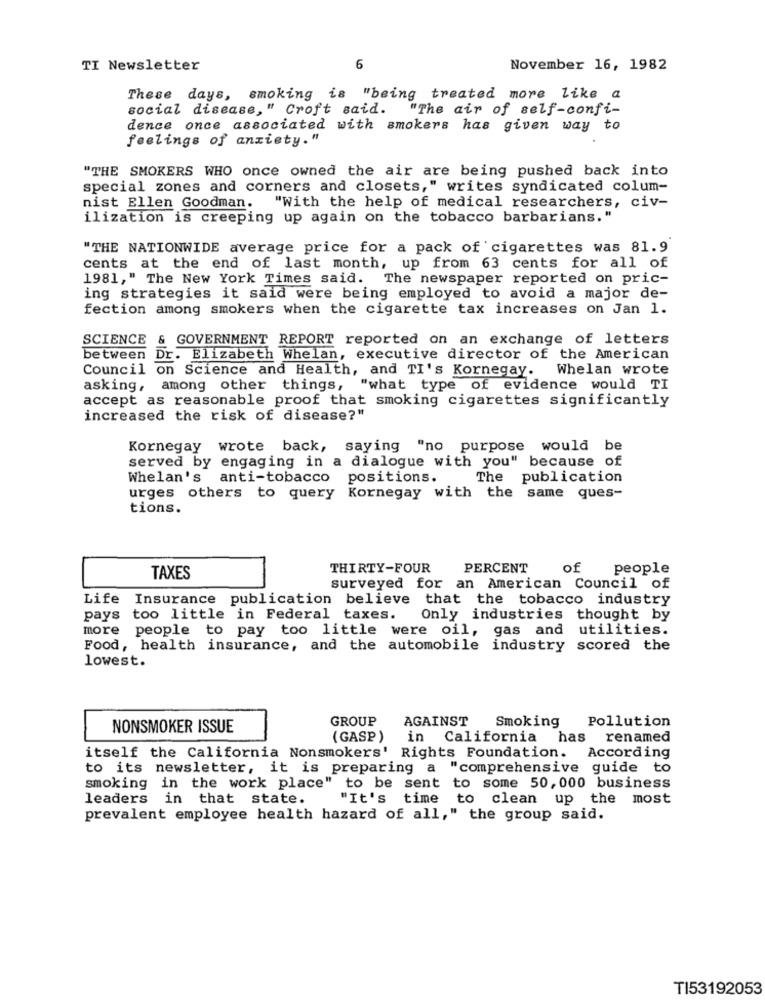
TI Newsletter
6
November 16, 1982
These days, smoking is "being treated more like a
social disease, " Croft said.
"The air of self-confi-
dence once associated with smokers has given way to
feelings of anxiety."
"THE SMOKERS WHO once owned the air are being pushed back into
special zones and corners and closets," writes syndicated colum-
nist Ellen Goodman.
"With the help of medical researchers, civ-
ilization is creeping up again on the tobacco barbarians."
"THE NATIONWIDE average price for a pack of cigarettes was 81.9
cents at the end of last month, up from 63 cents for all of
1981," The New York Times said. The newspaper reported on pric-
ing strategies it said were being employed to avoid a major de-
fection among smokers when the cigarette tax increases on Jan 1.
SCIENCE & GOVERNMENT REPORT reported on an exchange of letters
between
Dr. Elizabeth Whelan, executive director of the American
Council on Science and Health, and TI's Kornegay. Whelan wrote
asking, among other things, "what type of evidence would TI
accept as reasonable proof that smoking cigarettes significantly
increased the risk of disease?"
Kornegay wrote back, saying "no purpose would be
served by engaging in a dialogue with you" because of
Whelan's anti-tobacco
positions.
The
publication
same ques-
urges others to query Kornegay with the
tions.
THIRTY-FOUR
PERCENT
of
people
TAXES
surveyed for an American Council of
Life Insurance publication believe that the tobacco industry
pays too little in Federal taxes.
Only industries thought by
more people to pay too little were oil, gas and utilities.
Food, health insurance, and the automobile industry scored the
lowest.
GROUP
AGAINST
Smoking
NONSMOKER ISSUE
Pollution
(GASP )
in California
has renamed
itself the California Nonsmokers' Rights Foundation. According
to its newsletter, it is preparing a "comprehensive guide to
smoking in the work place" to be sent to some 50,000 business
leaders in that state.
"It's time to clean up the most
prevalent employee health hazard of all," the group said.
TI53192053